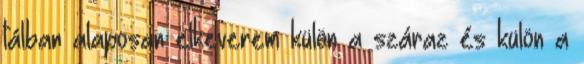
tálban alaposan elkeverem külön a száraz és külön a